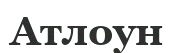
Атлоун